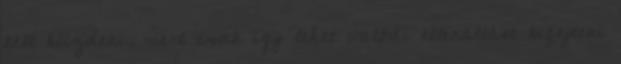
kell küzdeni, mert csak így lehet valódi ellenállást kifejteni